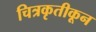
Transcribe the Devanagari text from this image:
चित्रकृतीकून